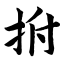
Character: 拊